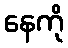
နေကို